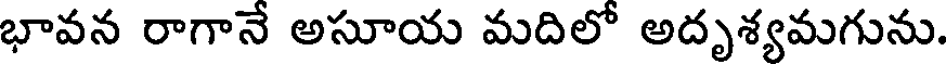
భావన రాగానే అసూయ మదిలో అదృశ్యమగును.